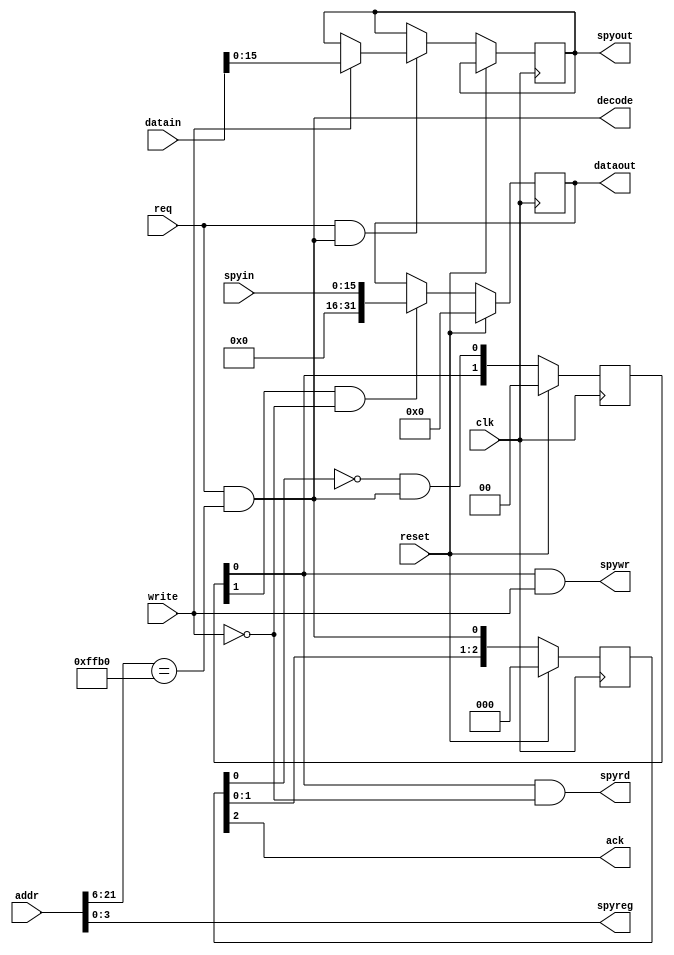
/*
 * $Id$
 */

module xbus_spy(
	       clk, reset,
	       addr, datain, dataout,
	       req, write, ack, decode,
	       spyin, spyout, spyreg, spywr, spyrd
	       );

   input clk;
   input reset;
   input [21:0] addr;		/* request address */
   input [31:0] datain;		/* request data */
   input 	req;		/* request */
   input 	write;		/* request read#/write */

   output [31:0] dataout;
   reg [31:0] 	 dataout;

   output 	ack;		/* request done */
   output 	decode;		/* request addr ok */

   input [15:0] spyin;
   output [15:0] spyout;
   reg [15:0] 	 spyout;
   output [3:0]  spyreg;
   output 	 spywr;
   output 	 spyrd;

   // -------------------------------------------------------------

   reg [2:0] ack_delayed;
   reg [2:0] ack_state;
   wire      spyrd_d;
   
   // spy board
   assign decode = req & ({addr[21:6], 6'b0} == 22'o17766000);

   assign ack = ack_delayed[2];
   assign spyreg = addr[3:0];

   //
   always @(posedge clk)
     if (reset)
       begin
	  ack_delayed <= 0;
	  ack_state <= 0;
       end
     else
       begin
	  ack_delayed <= { ack_delayed[1:0],  decode};
	  ack_state <= { ack_state[1:0], ~ack_delayed[0] && decode };
       end

   assign spyrd = ack_state[0] && ~write;
   assign spywr = ack_state[0] && write;

   assign spyrd_d = ack_state[1] && ~write;

`ifdef debug
   always @(posedge clk)
     begin
	if (spyrd)
	  $display("spy: assert spyrd");
	if (spyrd_d)
	  $display("spy: grab data");
        if (spywr)
	  $display("spy: assert spywr");
     end
`endif
   
   always @(posedge clk)
     if (reset)
       begin
	  dataout <= 0;
       end
     else
       begin
	  if (spyrd_d)
	    begin
	       dataout <= spyin;
`ifdef debug
	       $display("spy: read, spyin %x %t", spyin, $time);
`endif
	    end

	  if (req & decode)
	    begin
	    if (write)
	      begin
`ifdef debug
		 $display("spy: write @%o <- %o %t", addr, datain, $time);
`endif
		 spyout <= datain[15:0];
	      end
	    else
	      begin
`ifdef debug
		 $display("spy: read @%o", addr);
`endif
	      end
	    end
     end

endmodule // xbus_io